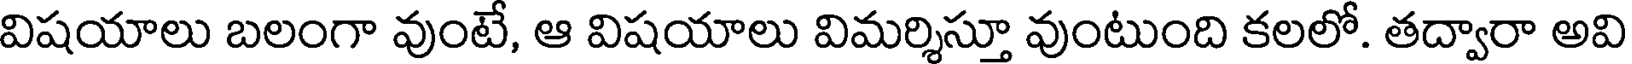
విషయాలు బలంగా వుంటే, ఆ విషయాలు విమర్శిస్తూ వుంటుంది కలలో. తద్వారా అవి